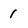
Character: 1